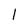
Character: 1